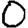
Digit: 0